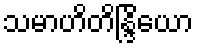
သမာဟိတိန္ဒြိယော